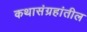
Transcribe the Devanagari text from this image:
कथासंग्रहांतील